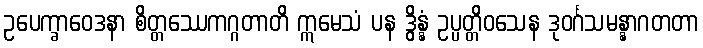
ဥပေက္ခာဝေဒနာ စိတ္တဿေကဂ္ဂတာတိ ဣမေသံ ပန ဒွိန္နံ ဥပ္ပတ္တိဝသေန ဒုဝင်္ဂသမန္နာဂတတာ